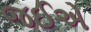
જઈએ